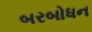
બરબોધન